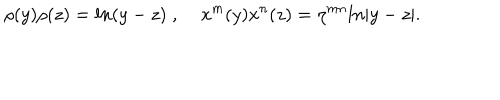
\rho ( y ) \rho ( z ) = l n ( y - z ) \; , \; x ^ { m } ( y ) x ^ { n } ( z ) = \eta ^ { m n } l n | y - z | .